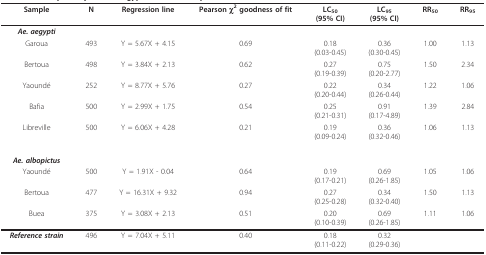
<table><thead><tr><td><b>Sample</b></td><td><b>N</b></td><td><b>Regression line</b></td><td><b>Pearson χ<sup>2 </sup>goodness of fit</b></td><td><b>LC<sub>50</sub>(95% CI)</b></td><td><b>LC<sub>95</sub>(95% CI)</b></td><td><b>RR<sub>50</sub></b></td><td><b>RR<sub>95</sub></b></td></tr></thead><tbody><tr><td><b><i>Ae. aegypti</i></b></td><td></td><td></td><td></td><td></td><td></td><td></td><td></td></tr><tr><td>Garoua</td><td>493</td><td>Y = 5.67X + 4.15</td><td>0.69</td><td>0.18(0.03-0.45)</td><td>0.36(0.30-0.45)</td><td>1.00</td><td>1.13</td></tr><tr><td>Bertoua</td><td>498</td><td>Y = 3.84X + 2.13</td><td>0.62</td><td>0.27(0.19-0.39)</td><td>0.75(0.20-2.77)</td><td>1.50</td><td>2.34</td></tr><tr><td>Yaoundé</td><td>252</td><td>Y = 8.77X + 5.76</td><td>0.27</td><td>0.22(0.20-0.44)</td><td>0.34(0.26-0.44)</td><td>1.22</td><td>1.06</td></tr><tr><td>Bafia</td><td>500</td><td>Y = 2.99X + 1.75</td><td>0.54</td><td>0.25(0.21-0.31)</td><td>0.91(0.17-4.89)</td><td>1.39</td><td>2.84</td></tr><tr><td>Libreville</td><td>500</td><td>Y = 6.06X + 4.28</td><td>0.21</td><td>0.19(0.09-0.24)</td><td>0.36(0.32-0.46)</td><td>1.06</td><td>1.13</td></tr><tr><td><b><i>Ae. albopictus</i></b></td><td></td><td></td><td></td><td></td><td></td><td></td><td></td></tr><tr><td>Yaoundé</td><td>500</td><td>Y = 1.91X - 0.04</td><td>0.64</td><td>0.19(0.17-0.21)</td><td>0.69(0.26-1.85)</td><td>1.05</td><td>1.06</td></tr><tr><td>Bertoua</td><td>477</td><td>Y = 16.31X + 9.32</td><td>0.94</td><td>0.27(0.25-0.28)</td><td>0.34(0.32-0.40)</td><td>1.50</td><td>1.13</td></tr><tr><td>Buea</td><td>375</td><td>Y = 3.08X + 2.13</td><td>0.51</td><td>0.20(0.10-0.39)</td><td>0.69(0.26-1.85)</td><td>1.11</td><td>1.06</td></tr><tr><td><b><i>Reference strain</i></b></td><td>496</td><td>Y = 7.04X + 5.11</td><td>0.40</td><td>0.18(0.11-0.22)</td><td>0.32(0.29-0.36)</td><td></td><td></td></tr></tbody></table>